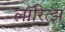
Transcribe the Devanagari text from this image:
लॉरित्झ